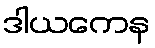
ဒါယကေန